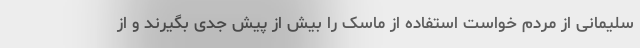
سلیمانی از مردم خواست استفاده از ماسک را بیش از پیش جدی بگیرند و از